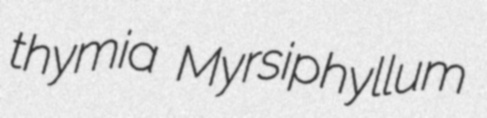
thymia Myrsiphyllum